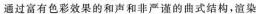
通过富有色彩效果的和声和非严谨的曲式结构，渲染